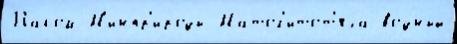
Пасом М'инпр'ироды Матол'итот'яха во́дный